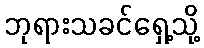
ဘုရားသခင်ရှေ့သို့